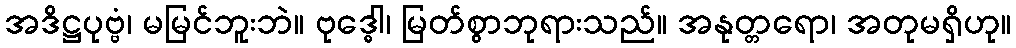
အဒိဋ္ဌပုဗ္ဗံ၊ မမြင်ဘူးဘဲ။ ဗုဒ္ဓေါ၊ မြတ်စွာဘုရားသည်။ အနုတ္တရော၊ အတုမရှိဟု။